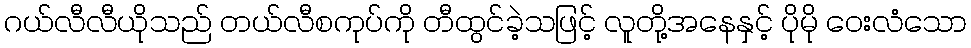
ဂယ်လီလီယိုသည် တယ်လီစကုပ်ကို တီထွင်ခဲ့သဖြင့် လူတို့အနေနှင့် ပိုမို ဝေးလံသော